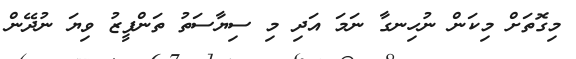
މިގޮތަށް މިކަން ނުހިނގާ ނަމަ އަދި މި ސިޔާސަތު ތަންފީޒު ވިޔަ ނުދޭން